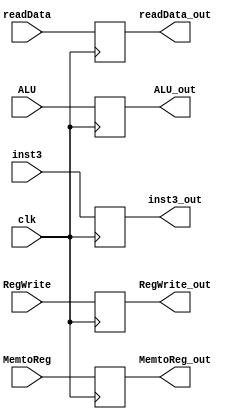
module P4_MEMWB(
	input wire RegWrite,
	input wire MemtoReg,
	input wire [31:0]readData,
	input wire [31:0]ALU,
	input wire [4:0]inst3,
	input clk,
	output wire MemtoReg_out,
	output wire RegWrite_out,
	output wire [31:0] readData_out,
	output wire [31:0]ALU_out,
	output wire [4:0]inst3_out
	
);
	
	 reg RegWrite_pipe;
	 reg MemtoReg_pipe;
	 reg [31:0]readData_pipe;
	 reg [31:0]ALU_pipe;
	 reg [4:0]inst3_pipe;

always @(posedge clk) begin
	
	RegWrite_pipe <= RegWrite;
	MemtoReg_pipe <= MemtoReg;
	readData_pipe <= readData;
	ALU_pipe <= ALU;
	inst3_pipe <= inst3;
	
	end
	
	assign MemtoReg_out = MemtoReg_pipe;
	assign RegWrite_out = RegWrite_pipe;
	assign readData_out = readData_pipe;
	assign ALU_out = ALU_pipe;
	assign inst3_out = inst3_pipe;
	
endmodule